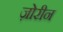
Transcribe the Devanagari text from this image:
ज़ोरीन